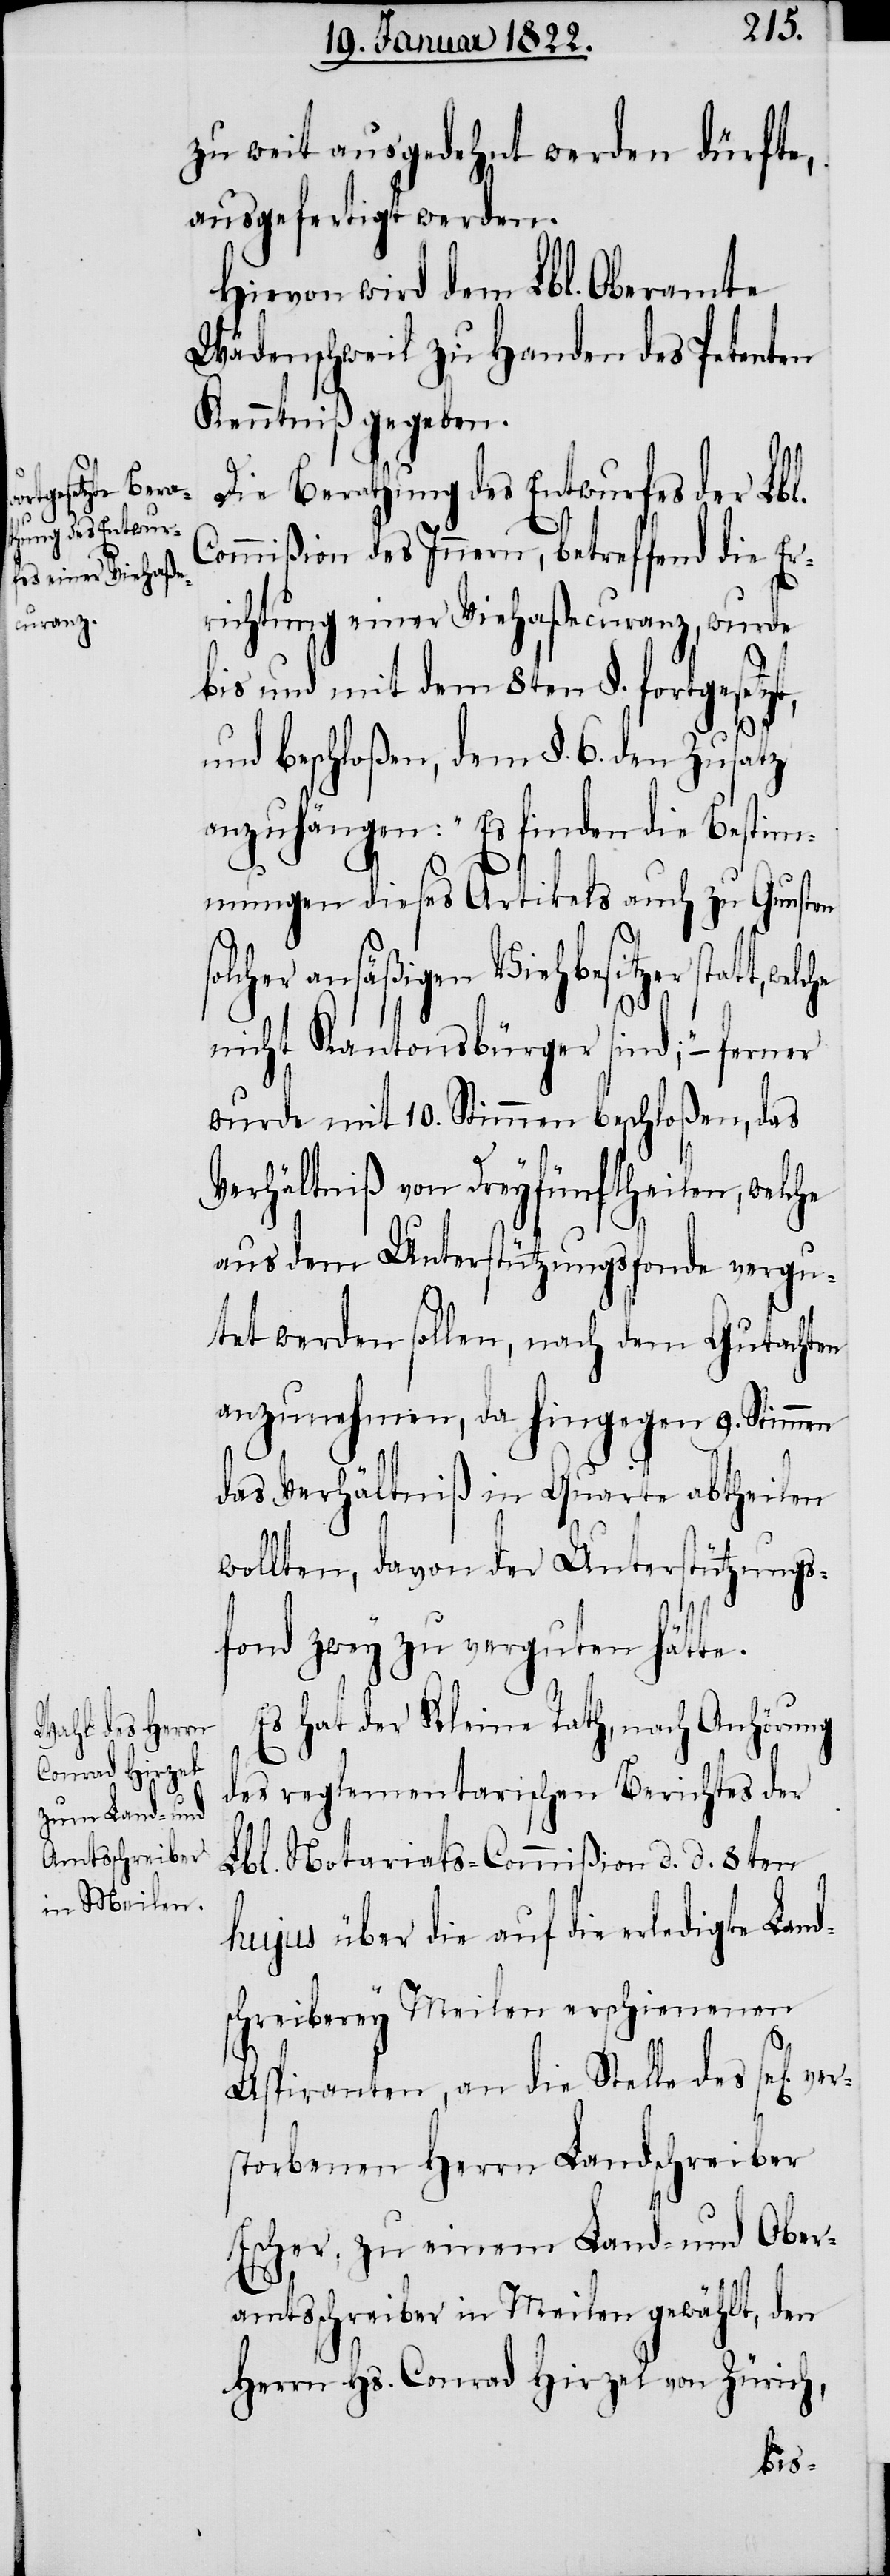
t,

ver¬
zu weit ausgedehnt werden dürfte,
ausgefertigt werden.
Hievon wird dem Lbl. Oberamte
Wädenschweil zu Handen des Petenten
Kenntniß gegeben.
Die Berathung des Entwurfes der Lbl.
Commißion des Innern, betreffend die Er¬
richtung einer Viehaßecuranz, wurde
bis und mit dem 8ten §. fortgesetz¬
und beschloßen, dem §. 6. den Zusatz
anzuhängen: „Es finden die Bestim¬
mungen dieses Artikels auch zu Gunsten
solcher ansäßigen Viehbesitzer statt,
nicht Kantonsbürger sind;“ – ferner
wurde mit 10. Stimmen beschloßen, das
Verhältniß von Dreyfünftheilen, welche
aus dem Unterstützungsfonde vergu¬
tet werden sollen, nach dem Gutachten
anzunehmen, da hingegen 9. Stimmen
das Verhältniß in Quarte abtheilen
wollten, davon der Unterstützungs¬
fond zwey zu verguten hätte.
Es hat der Kleine Rath, nach Anhörung
des reglementarischen Berichtes der
Lbl. Notariats-Commißion d. d. 8ten
hujus über die auf die erledigte Land¬
schreiberey Meilen erschienenen
Aspiranten, an die Stelle des sel[ig]
storbenen Herrn Landschreiber
Escher, zu einem Land- und Ober¬
amtsschreiber in Meilen gewählt, den
Herrn Hs. Conrad Hirzel von Zürich,